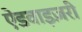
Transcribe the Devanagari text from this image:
ऐडवाइज़री